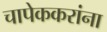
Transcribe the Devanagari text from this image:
चापेककरांना